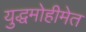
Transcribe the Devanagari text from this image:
युद्धमोहीमेत